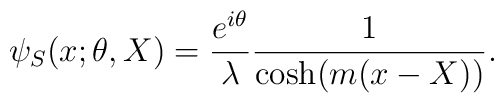
\psi_{S}(x;\theta,X)=\frac{e^{i\theta}}{\lambda}\frac{1}{\cosh(m(x-X))}.